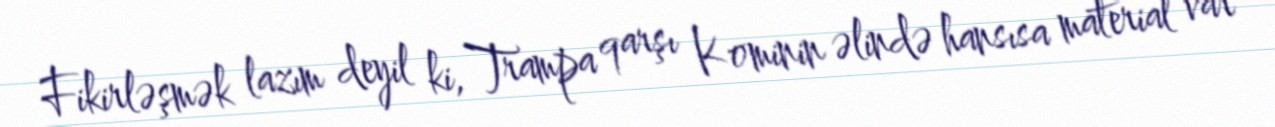
Fikirləşmək lazım deyil ki, Trampa qarşı Kominin əlində hansısa material var